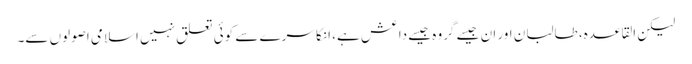
لیکن القاعدہ، طالبان اور ان جیسے گروہ جیسے داعش ہے، انکا سرے سے کوئی تعلق نہیں اسلامی اصولوں سے۔